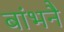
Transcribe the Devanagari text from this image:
बांभनै